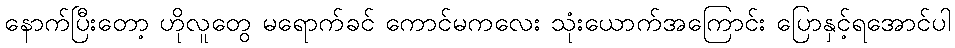
နောက်ပြီးတော့ ဟိုလူတွေ မရောက်ခင် ကောင်မကလေး သုံးယောက်အကြောင်း ပြောနှင့်ရအောင်ပါ